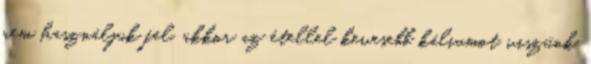
nem használjuk fel, akkor az étellel kevesebb káliumot viszünk